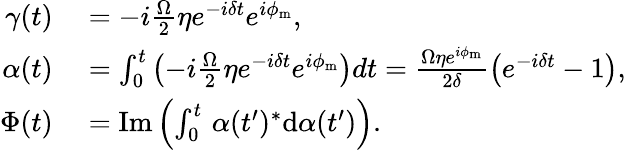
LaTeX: \begin{array}{rl}{\gamma(t)}&{{}=-i\frac{\Omega}{2}\eta e^{-i\delta t}e^{i\phi_{\mathrm{m}}},}\\ {\alpha(t)}&{{}=\int_{0}^{t}\left(-i\frac{\Omega}{2}\eta e^{-i\delta t}e^{i\phi_{\mathrm{m}}}\right)dt=\frac{\Omega\eta e^{i\phi_{\mathrm{m}}}}{2\delta}\left(e^{-i\delta t}-1\right),}\\ {\Phi(t)}&{{}=\mathrm{Im}\left(\int_{0}^{t}\, \alpha(t^{\prime})^{*}\mathrm{d}\alpha(t^{\prime})\right).}\end{array}